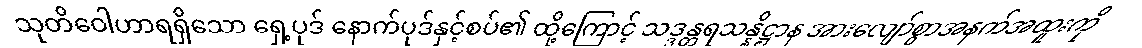
သုတိဝေါဟာရရှိသော ရှေ့ပုဒ် နောက်ပုဒ်နှင့်စပ်၏ ထို့ကြောင့် သဒ္ဒန္တရသန္နိဋ္ဌာန အားလျော်စွာအနက်အထူးကို